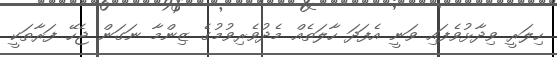
ހިލަރީ ވިދާޅުވެފައި ވަނީ އެފަދަ ހާލަތެއް މެދުވެރިވުމުގެ ޒިންމާ ނަގަން ޖެހޭ ފަރާތަކީ